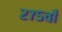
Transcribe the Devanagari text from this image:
२७५वाँ